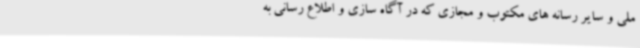
ملی و سایر رسانه های مکتوب و مجازی که در آگاه سازی و اطلاع رسانی به